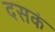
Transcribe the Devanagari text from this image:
दसकं